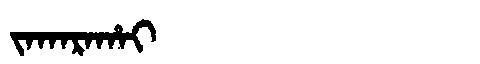
Manchu: ᠵᠠᡴᠠᡵᠠᡥᠠᡳ
Romanization: JAKARAHAI